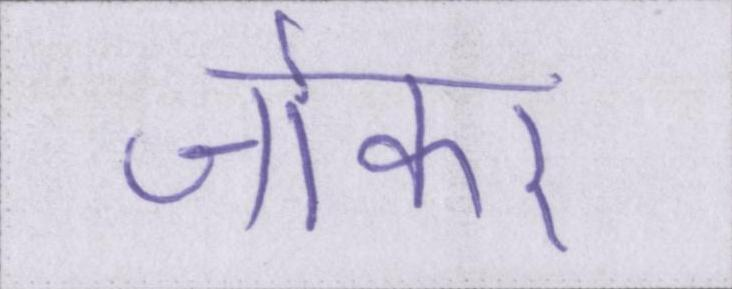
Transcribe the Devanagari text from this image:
जोकर